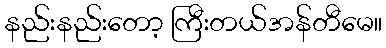
နည်းနည်းတော့ ကြီးတယ်အန်တီမေ။